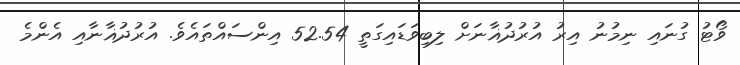
ވޯޓު ގުނައި ނިމުނު އިރު އުރުދުޣާނަށް ލިބިވަޑައިގަތީ 52.54 އިންސައްތައެވެ. އުރުދުޣާނާއި އެންމެ